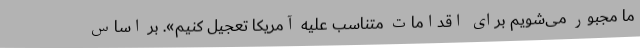
ما مجبور می‌شویم برای اقدامات متناسب علیه آمریکا تعجیل کنیم». بر اساس